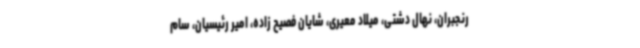
رنجبران، نهال دشتی، میلاد معیری، شایان فصیح زاده، امیر رئیسیان، سام